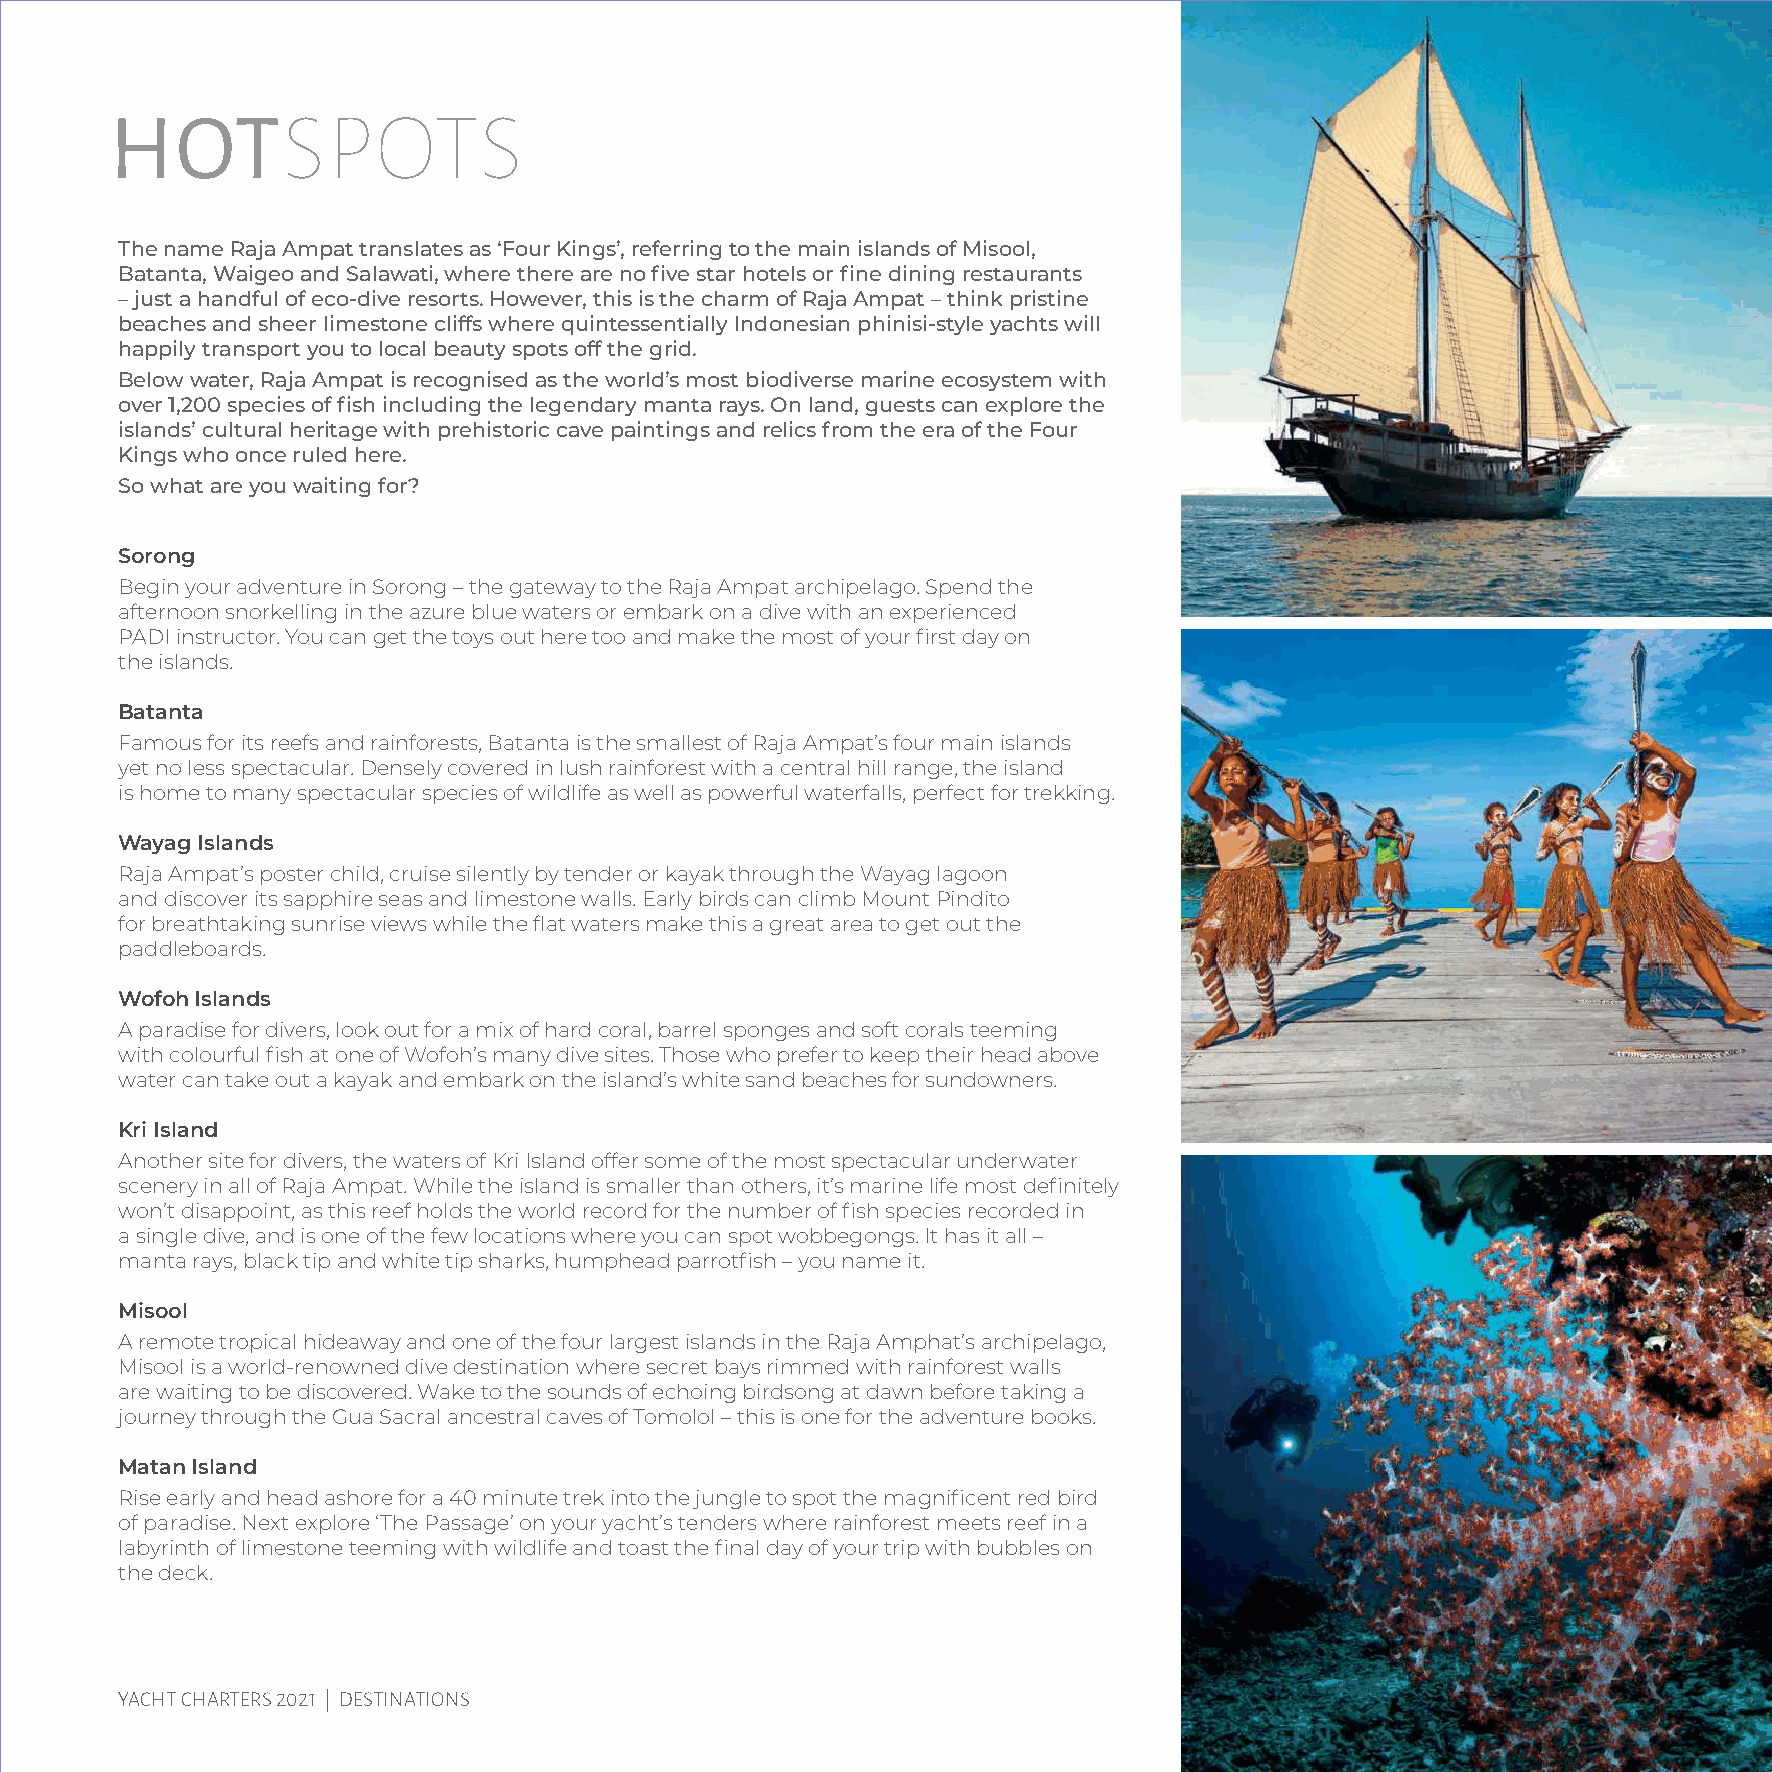
HOTSPOTS
 The name Raja Ampat translates as ‘Four Kings’, referring to the main islands of Misool,
 Batanta, Waigeo and Salawati, where there are no five star hotels or fine dining restaurants
 – just a handful of eco-dive resorts. However, this is the charm of Raja Ampat – think pristine
 beaches and sheer limestone cliffs where quintessentially Indonesian phinisi-style yachts will
 happily transport you to local beauty spots off the grid.
 Below water, Raja Ampat is recognised as the world’s most biodiverse marine ecosystem with
 over 1,200 species of fish including the legendary manta rays. On land, guests can explore the
 islands’ cultural heritage with prehistoric cave paintings and relics from the era of the Four
 Kings who once ruled here.
 So what are you waiting for?
 Sorong
 Begin your adventure in Sorong – the gateway to the Raja Ampat archipelago. Spend the
 afternoon snorkelling in the azure blue waters or embark on a dive with an experienced
 PADI instructor. You can get the toys out here too and make the most of your first day on
 the islands.
 Batanta
 Famous for its reefs and rainforests, Batanta is the smallest of Raja Ampat’s four main islands
 yet no less spectacular. Densely covered in lush rainforest with a central hill range, the island
 is home to many spectacular species of wildlife as well as powerful waterfalls, perfect for trekking.
 Wayag Islands
 Raja Ampat’s poster child, cruise silently by tender or kayak through the Wayag lagoon
 and discover its sapphire seas and limestone walls. Early birds can climb Mount Pindito
 for breathtaking sunrise views while the flat waters make this a great area to get out the
 paddleboards.
 Wofoh Islands
 A paradise for divers, look out for a mix of hard coral, barrel sponges and soft corals teeming
 with colourful fish at one of Wofoh’s many dive sites. Those who prefer to keep their head above
 water can take out a kayak and embark on the island’s white sand beaches for sundowners.
 Kri Island
 Another site for divers, the waters of Kri Island offer some of the most spectacular underwater
 scenery in all of Raja Ampat. While the island is smaller than others, it’s marine life most definitely
 won’t disappoint, as this reef holds the world record for the number of fish species recorded in
 a single dive, and is one of the few locations where you can spot wobbegongs. It has it all –
 manta rays, black tip and white tip sharks, humphead parrotfish – you name it.
 Misool
 A remote tropical hideaway and one of the four largest islands in the Raja Amphat’s archipelago,
 Misool is a world-renowned dive destination where secret bays rimmed with rainforest walls
 are waiting to be discovered. Wake to the sounds of echoing birdsong at dawn before taking a
 journey through the Gua Sacral ancestral caves of Tomolol – this is one for the adventure books.
 Matan Island
 Rise early and head ashore for a 40 minute trek into the jungle to spot the magnificent red bird
 of paradise. Next explore ‘The Passage’ on your yacht’s tenders where rainforest meets reef in a
 labyrinth of limestone teeming with wildlife and toast the final day of your trip with bubbles on
 the deck.
 69
 YACHT CHARTERS 2021 | DESTINATIONS